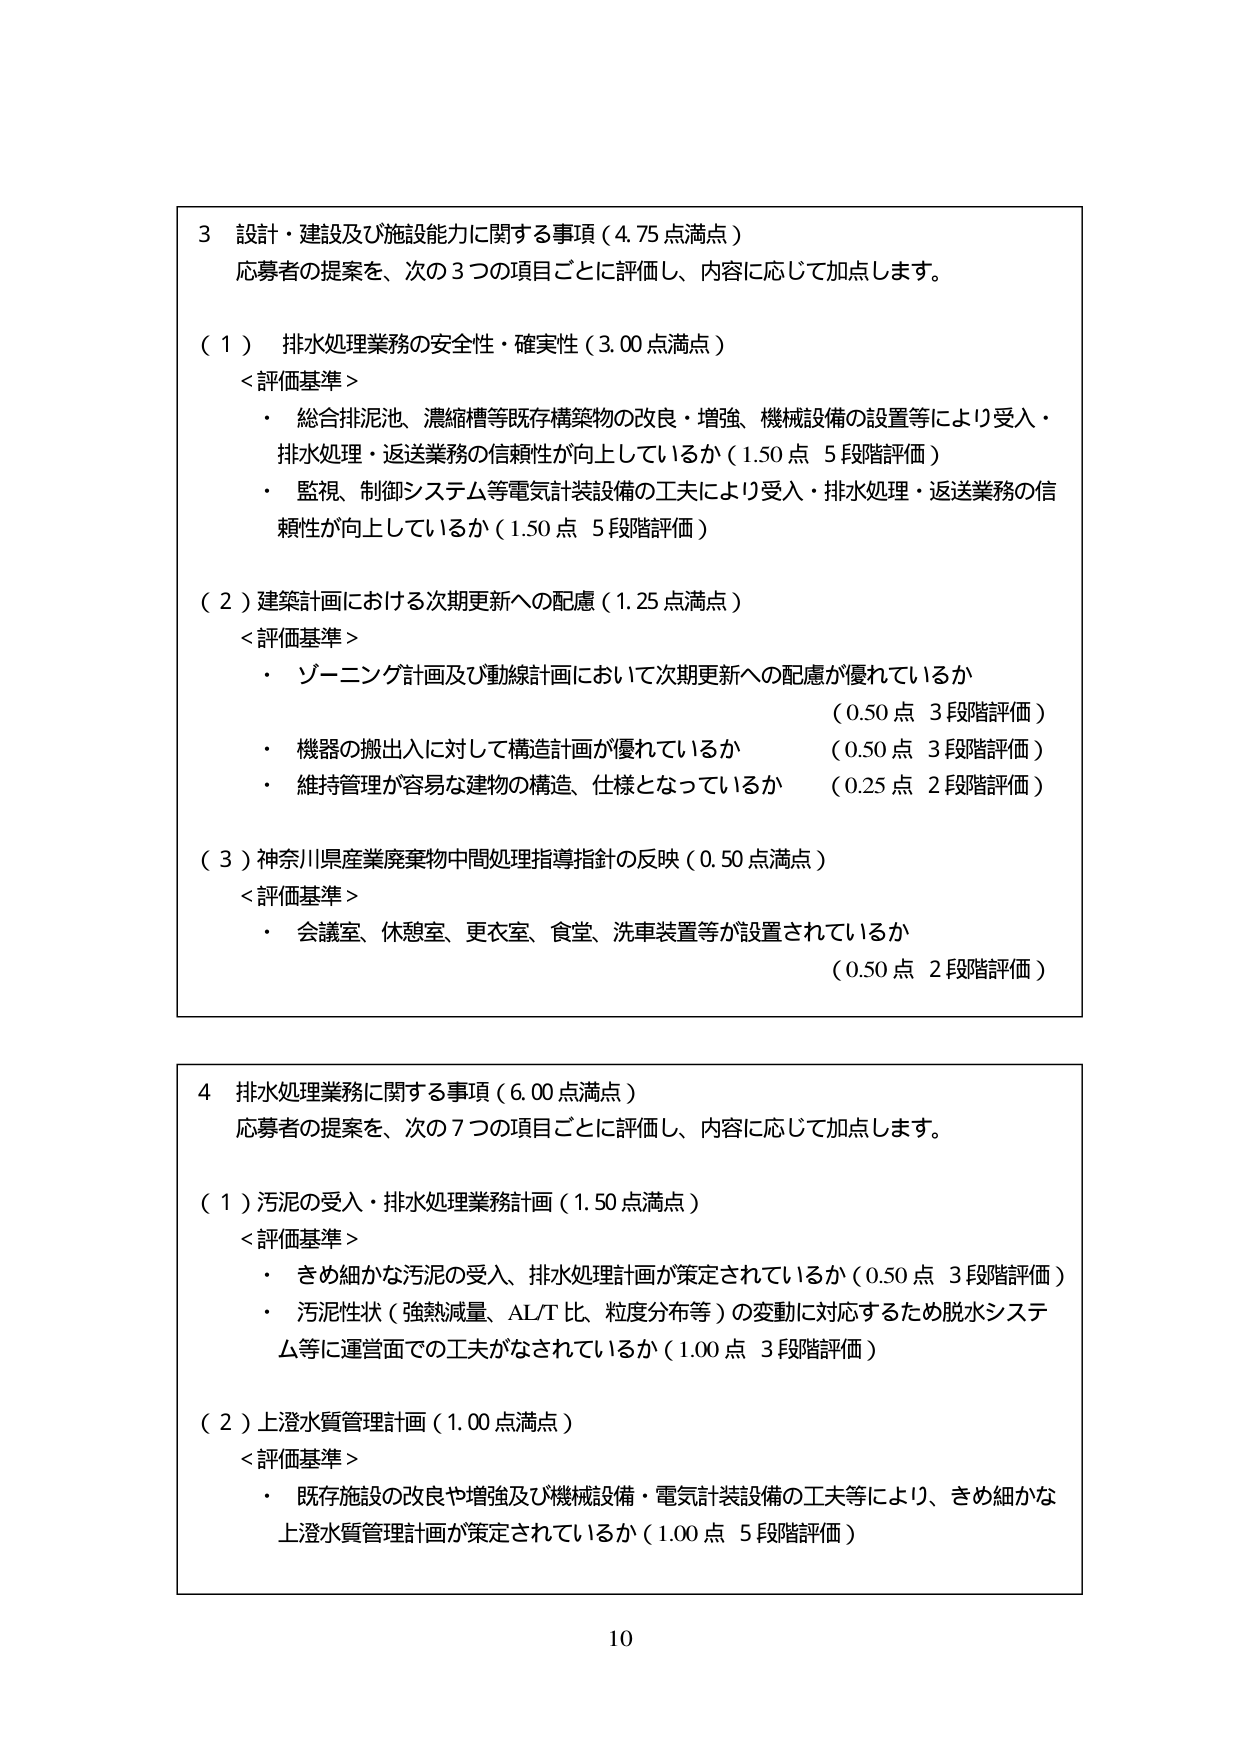
3 設計・建設及び施設能力に関する事項（4.75点満点）
応募者の提案を、次の3つの項目ごとに評価し、内容に応じて加点します。

（1） 排水処理業務の安全性・確実性（3.00点満点）
＜評価基準＞
・ 総合排泥池、濃縮槽等既存構築物の改良・増強、機械設備の設置等により受入・排水処理・返送業務の信頼性が向上しているか（1.50点 5段階評価）
・ 監視、制御システム等電気計装設備の工夫により受入・排水処理・返送業務の信頼性が向上しているか（1.50点 5段階評価）

（2）建築計画における次期更新への配慮（1.25点満点）
＜評価基準＞
・ ゾーニング計画及び動線計画において次期更新への配慮が優れているか （0.50点 3段階評価）
・ 機器の搬出入に対して構造計画が優れているか （0.50点 3段階評価）
・ 維持管理が容易な建物の構造、仕様となっているか （0.25点 2段階評価）

（3）神奈川県産業廃棄物中間処理指導指針の反映（0.50点満点）
＜評価基準＞
・ 会議室、休憩室、更衣室、食堂、洗車装置等が設置されているか （0.50点 2段階評価）

4 排水処理業務に関する事項（6.00点満点）
応募者の提案を、次の7つの項目ごとに評価し、内容に応じて加点します。

（1）汚泥の受入・排水処理業務計画（1.50点満点）
＜評価基準＞
・ きめ細かな汚泥の受入、排水処理計画が策定されているか（0.50点 3段階評価）
・ 汚泥性状（強熱減量、AL/T比、粒度分布等）の変動に対応するため脱水システム等に運営面での工夫がなされているか（1.00点 3段階評価）

（2）上澄水質管理計画（1.00点満点）
＜評価基準＞
・ 既存施設の改良や増強及び機械設備・電気計装設備の工夫等により、きめ細かな上澄水質管理計画が策定されているか（1.00点 5段階評価）

10